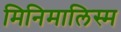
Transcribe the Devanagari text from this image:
मिनिमालिस्म